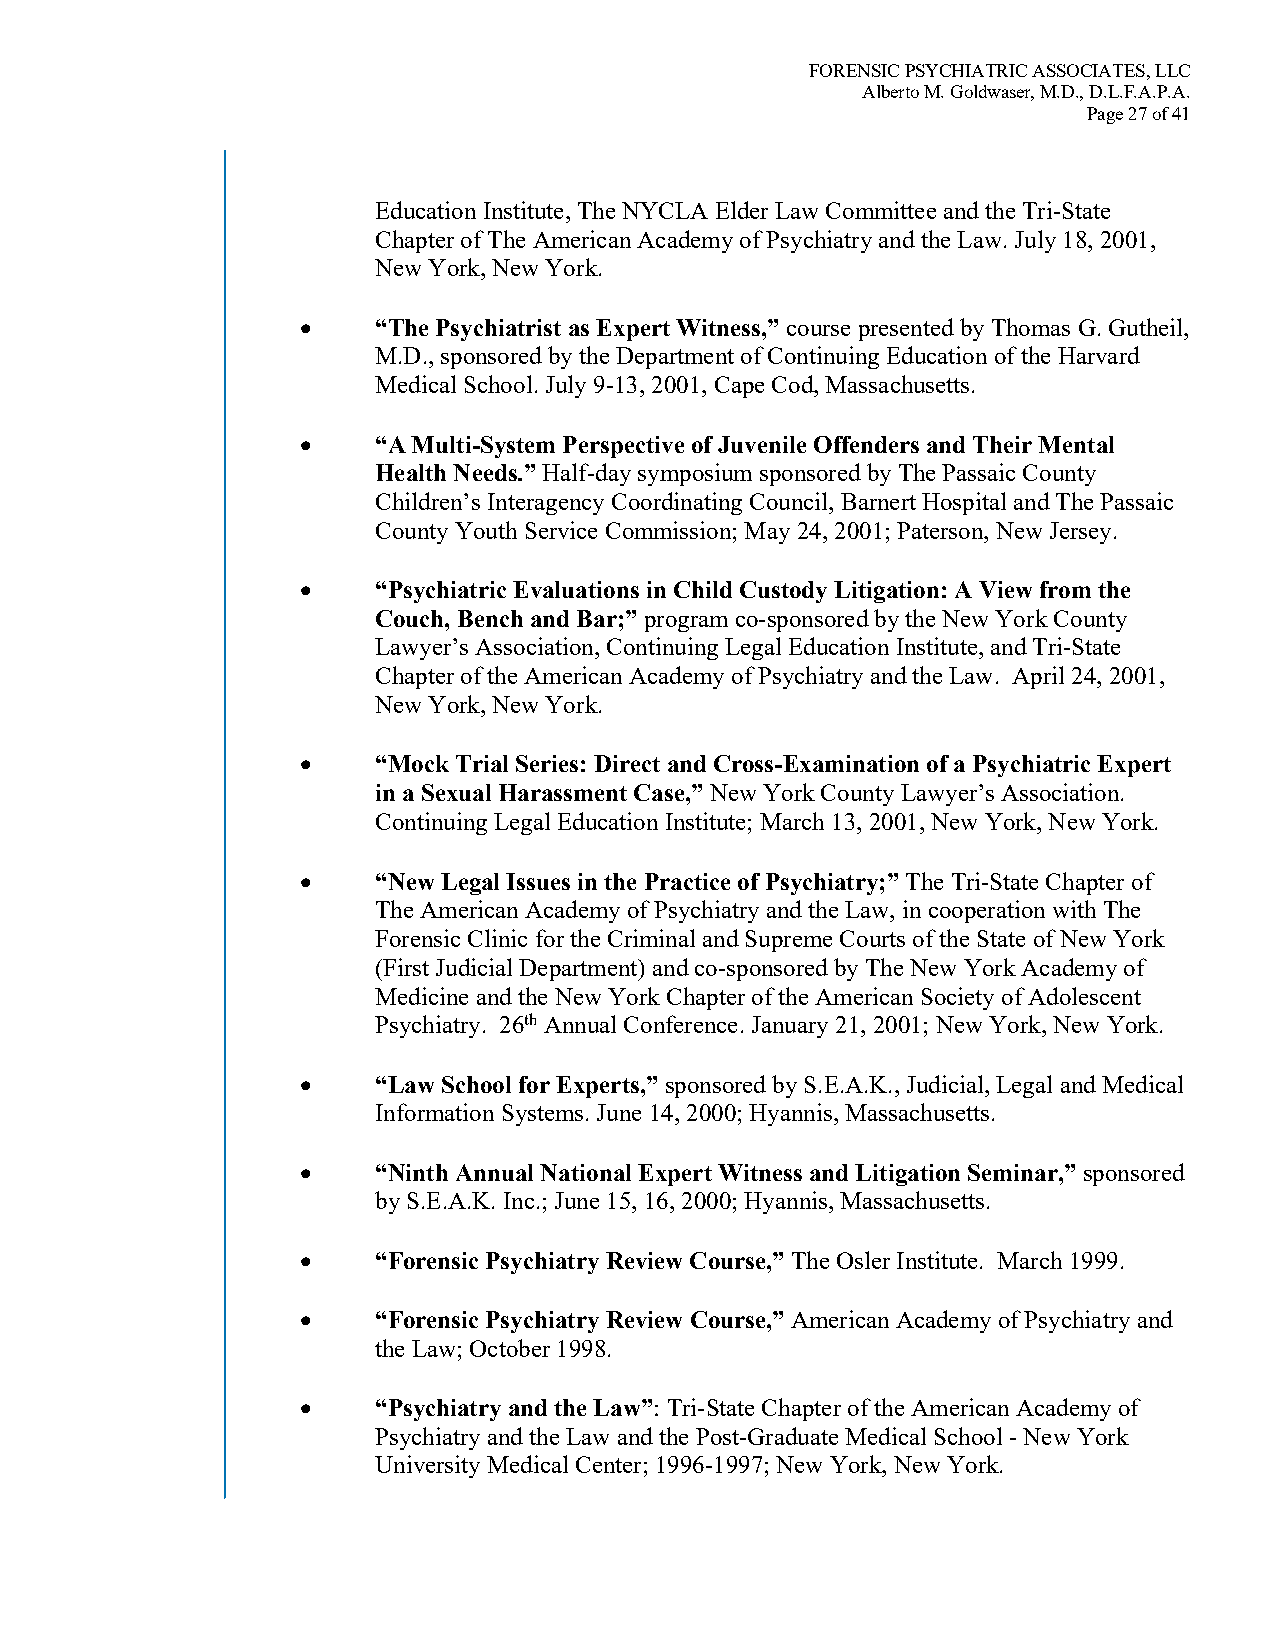
FORENSIC PSYCHIATRIC ASSOCIATES, LLC
 Alberto M. Goldwaser, M.D., D.L.F.A.P.A.
 Page 27 of 41
 Education Institute, The NYCLA Elder Law Committee and the Tri-State
 Chapter of The American Academy of Psychiatry and the Law. July 18, 2001,
 New York, New York.
 •    “The Psychiatrist as Expert Witness,” course presented by Thomas G. Gutheil,
 M.D., sponsored by the Department of Continuing Education of the Harvard
 Medical School. July 9-13, 2001, Cape Cod, Massachusetts.
 •    “A Multi-System Perspective of Juvenile Offenders and Their Mental
 Health Needs.” Half-day symposium sponsored by The Passaic County
 Children’s Interagency Coordinating Council, Barnert Hospital and The Passaic
 County Youth Service Commission; May 24, 2001; Paterson, New Jersey.
 •    “Psychiatric Evaluations in Child Custody Litigation: A View from the
 Couch, Bench and Bar;” program co-sponsored by the New York County
 Lawyer’s Association, Continuing Legal Education Institute, and Tri-State
 Chapter of the American Academy of Psychiatry and the Law. April 24, 2001,
 New York, New York.
 •    “Mock Trial Series: Direct and Cross-Examination of a Psychiatric Expert
 in a Sexual Harassment Case,” New York County Lawyer’s Association.
 Continuing Legal Education Institute; March 13, 2001, New York, New York.
 •    “New Legal Issues in the Practice of Psychiatry;” The Tri-State Chapter of
 The American Academy of Psychiatry and the Law, in cooperation with The
 Forensic Clinic for the Criminal and Supreme Courts of the State of New York
 (First Judicial Department) and co-sponsored by The New York Academy of
 Medicine and the New York Chapter of the American Society of Adolescent
 Psychiatry. 26th Annual Conference. January 21, 2001; New York, New York.
 •    “Law School for Experts,” sponsored by S.E.A.K., Judicial, Legal and Medical
 Information Systems. June 14, 2000; Hyannis, Massachusetts.
 •    “Ninth Annual National Expert Witness and Litigation Seminar,” sponsored
 by S.E.A.K. Inc.; June 15, 16, 2000; Hyannis, Massachusetts.
 •    “Forensic Psychiatry Review Course,” The Osler Institute. March 1999.
 •    “Forensic Psychiatry Review Course,” American Academy of Psychiatry and
 the Law; October 1998.
 •    “Psychiatry and the Law”: Tri-State Chapter of the American Academy of
 Psychiatry and the Law and the Post-Graduate Medical School - New York
 University Medical Center; 1996-1997; New York, New York.